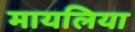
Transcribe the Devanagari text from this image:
मायलिया